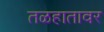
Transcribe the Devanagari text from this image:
तळहातावर